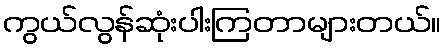
ကွယ်လွန်ဆုံးပါးကြတာများတယ်။